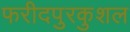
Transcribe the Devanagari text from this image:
फरीदपुरकुशल